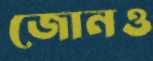
জোনও